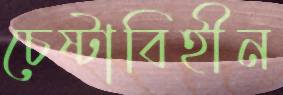
চেষ্টাবিহীন